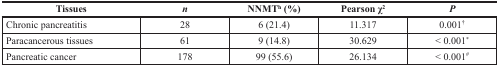
| Tissues | n | NNMTh (%) | Pearson χ2 | P |
 | --- | --- | --- | --- | --- |
 | Chronic pancreatitis | 28 | 6 (21.4) | 11.317 | 0.001† |
 | Paracancerous tissues | 61 | 9 (14.8) | 30.629 | < 0.001* |
 | Pancreatic cancer | 178 | 99 (55.6) | 26.134 | < 0.001# |